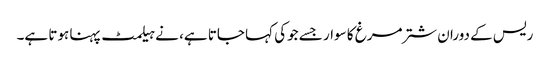
ریس کے دوران شترمرغ کا سوار جسے جوکی کہا جاتا ہے، نے ہیلمٹ پہنا ہوتا ہے۔